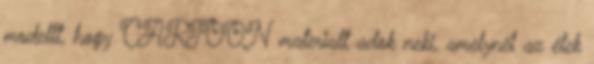
modellt, hogy CARTOON materialt adok neki, amelynél az élek